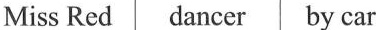
Miss Red dancer by car